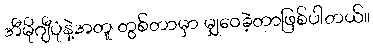
အီမိုဂျီပုံနဲ့အတူ တွစ်တာမှာ မျှဝေခဲ့တာဖြစ်ပါတယ်။